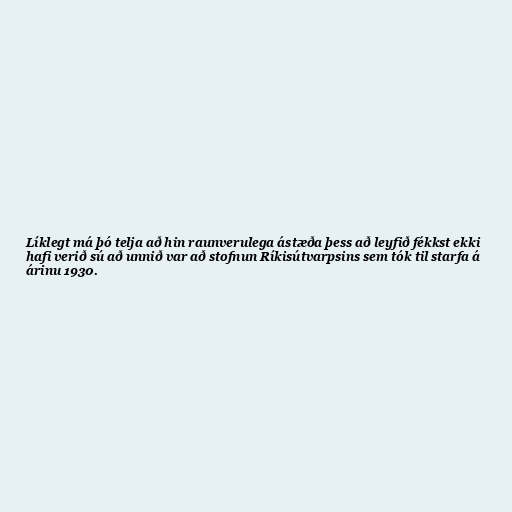
Líklegt má þó telja að hin raunverulega ástæða þess að leyfið fékkst ekki
hafi verið sú að unnið var að stofnun Ríkisútvarpsins sem tók til starfa á
árinu 1930.